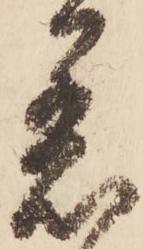
着